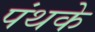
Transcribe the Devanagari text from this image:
पंथके